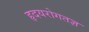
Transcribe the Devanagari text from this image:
हृदयरोगतज्ञ